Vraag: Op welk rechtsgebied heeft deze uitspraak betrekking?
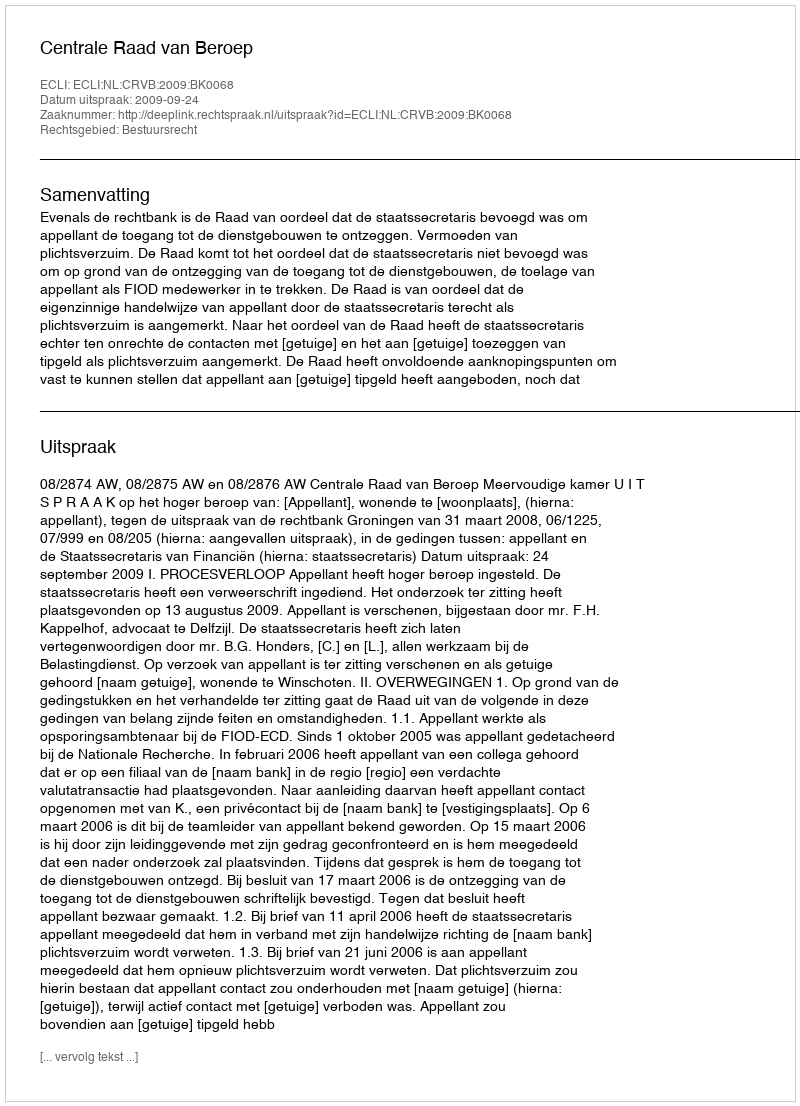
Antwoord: Bestuursrecht